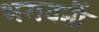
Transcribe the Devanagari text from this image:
भगवतीं